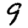
Digit: 9